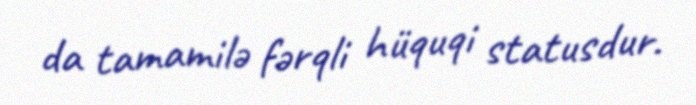
da tamamilə fərqli hüquqi statusdur.